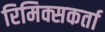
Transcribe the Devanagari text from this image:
रिमिक्सकर्ता